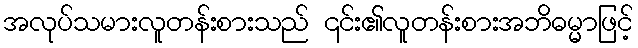
အလုပ်သမားလူတန်းစားသည် ၎င်း၏လူတန်းစားအဘိဓမ္မာဖြင့်